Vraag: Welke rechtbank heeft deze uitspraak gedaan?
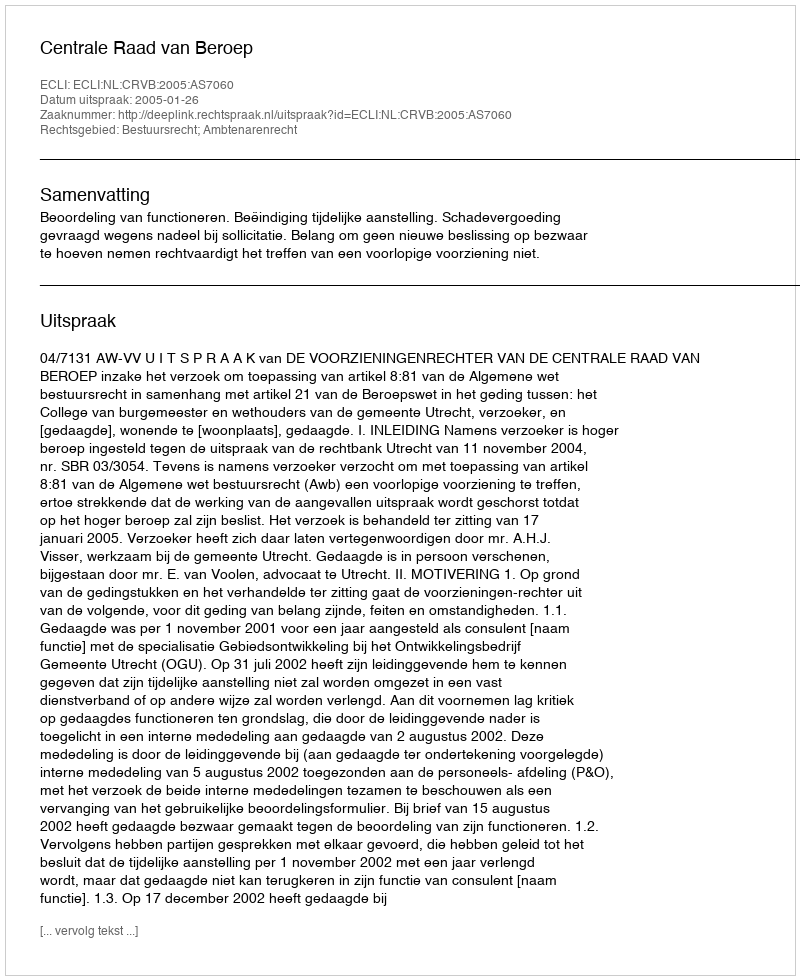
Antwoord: Centrale Raad van Beroep